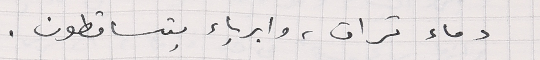
دماء تراق، وابرياء يتساقطون.